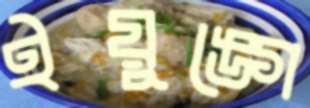
ইয়ুঙ্গে